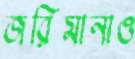
জরিমানাও